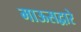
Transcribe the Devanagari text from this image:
माऊसद्वारे